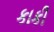
કાકી